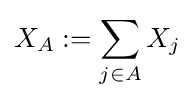
X_{A}:=\sum _{j\in A}X_{j}